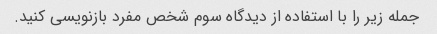
جمله زیر را با استفاده از دیدگاه سوم شخص مفرد بازنویسی کنید.